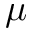
\mu